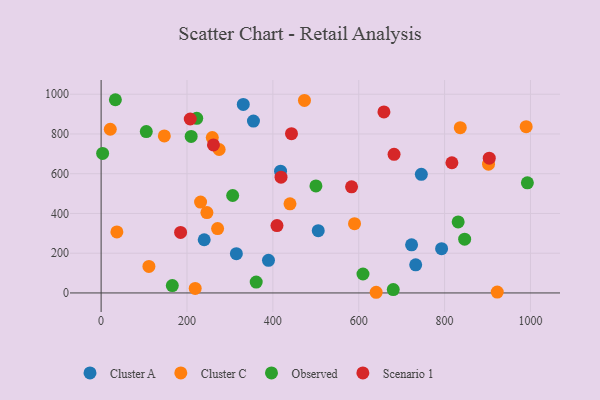
{"axis": {"x": "Ad Spend", "y": "Sales"}, "legend": ["Cluster A", "Cluster C", "Observed", "Scenario 1"], "data": [{"x": "793.0", "y": 222.8, "type": "Cluster A"}, {"x": "331.1", "y": 948.9, "type": "Cluster A"}, {"x": "723.1", "y": 242.0, "type": "Cluster A"}, {"x": "315.0", "y": 197.7, "type": "Cluster A"}, {"x": "745.8", "y": 596.8, "type": "Cluster A"}, {"x": "505.7", "y": 313.5, "type": "Cluster A"}, {"x": "417.9", "y": 612.7, "type": "Cluster A"}, {"x": "732.7", "y": 141.7, "type": "Cluster A"}, {"x": "354.8", "y": 864.9, "type": "Cluster A"}, {"x": "240.1", "y": 267.8, "type": "Cluster A"}, {"x": "389.8", "y": 164.0, "type": "Cluster A"}, {"x": "902.3", "y": 648.0, "type": "Cluster C"}, {"x": "219.1", "y": 22.8, "type": "Cluster C"}, {"x": "246.4", "y": 404.5, "type": "Cluster C"}, {"x": "473.6", "y": 969.1, "type": "Cluster C"}, {"x": "990.0", "y": 837.1, "type": "Cluster C"}, {"x": "274.9", "y": 722.0, "type": "Cluster C"}, {"x": "21.3", "y": 823.8, "type": "Cluster C"}, {"x": "590.2", "y": 348.9, "type": "Cluster C"}, {"x": "271.3", "y": 323.9, "type": "Cluster C"}, {"x": "111.3", "y": 133.3, "type": "Cluster C"}, {"x": "836.5", "y": 831.6, "type": "Cluster C"}, {"x": "258.9", "y": 782.0, "type": "Cluster C"}, {"x": "439.9", "y": 448.7, "type": "Cluster C"}, {"x": "147.2", "y": 790.2, "type": "Cluster C"}, {"x": "36.7", "y": 307.0, "type": "Cluster C"}, {"x": "231.6", "y": 457.6, "type": "Cluster C"}, {"x": "640.6", "y": 3.4, "type": "Cluster C"}, {"x": "922.6", "y": 4.5, "type": "Cluster C"}, {"x": "165.8", "y": 37.1, "type": "Observed"}, {"x": "222.7", "y": 878.8, "type": "Observed"}, {"x": "831.6", "y": 357.6, "type": "Observed"}, {"x": "105.2", "y": 812.4, "type": "Observed"}, {"x": "361.2", "y": 54.8, "type": "Observed"}, {"x": "306.4", "y": 490.4, "type": "Observed"}, {"x": "680.4", "y": 17.0, "type": "Observed"}, {"x": "992.8", "y": 554.3, "type": "Observed"}, {"x": "500.3", "y": 538.9, "type": "Observed"}, {"x": "609.9", "y": 95.4, "type": "Observed"}, {"x": "33.2", "y": 972.5, "type": "Observed"}, {"x": "3.5", "y": 702.0, "type": "Observed"}, {"x": "846.7", "y": 270.9, "type": "Observed"}, {"x": "209.7", "y": 787.6, "type": "Observed"}, {"x": "817.0", "y": 655.2, "type": "Scenario 1"}, {"x": "207.6", "y": 875.6, "type": "Scenario 1"}, {"x": "682.3", "y": 697.5, "type": "Scenario 1"}, {"x": "409.6", "y": 339.0, "type": "Scenario 1"}, {"x": "904.0", "y": 678.4, "type": "Scenario 1"}, {"x": "419.0", "y": 582.9, "type": "Scenario 1"}, {"x": "261.6", "y": 745.0, "type": "Scenario 1"}, {"x": "443.4", "y": 801.8, "type": "Scenario 1"}, {"x": "583.3", "y": 534.1, "type": "Scenario 1"}, {"x": "658.7", "y": 911.0, "type": "Scenario 1"}, {"x": "185.1", "y": 304.8, "type": "Scenario 1"}]}